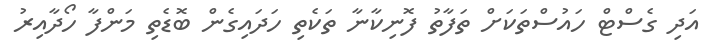
އަދި ގެސްޓް ހައުސްތަކަށް ތަފާތު ފޮނިކާނާ ތަކެތި ހަދައިގެން ބޮޑެތި މަންފާ ހޯދާއިރު